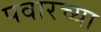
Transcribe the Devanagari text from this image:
पवारच्या